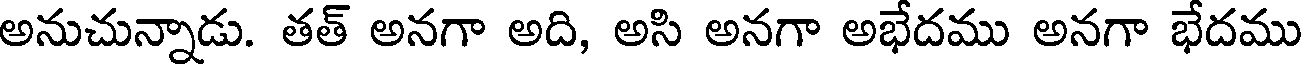
అనుచున్నాడు. తత్ అనగా అది, అసి అనగా అభేదము అనగా భేదము